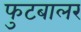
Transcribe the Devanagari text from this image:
फुटबालर